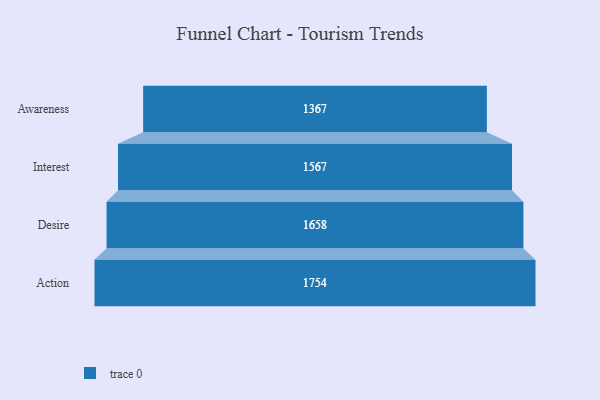
{"axis": {"x": "Stage", "y": "Value"}, "legend": [""], "data": [{"x": "Awareness", "y": 1367.0, "type": ""}, {"x": "Interest", "y": 1567.0, "type": ""}, {"x": "Desire", "y": 1658.0, "type": ""}, {"x": "Action", "y": 1754.0, "type": ""}]}